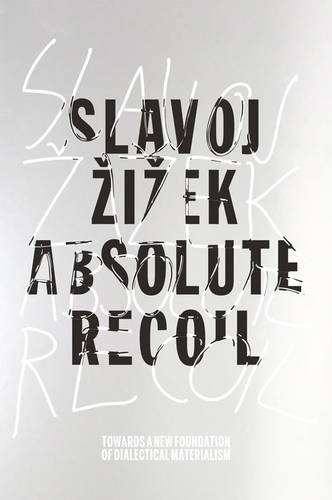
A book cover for Absolute Recoil: Towards A New Foundation Of Dialectical Materialism; Slavoj Zizek; Politics & Social Sciences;